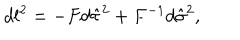
LaTeX: d l ^ { 2 } = - F d \hat { \tau } ^ { 2 } + F ^ { - 1 } d \hat { \sigma } ^ { 2 } ,